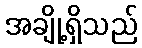
အချို့ရှိသည်